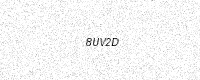
Text: 8UV2D